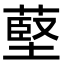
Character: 𦸃